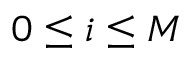
0 \leq i \leq M